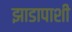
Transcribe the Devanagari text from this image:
झाडापाशी